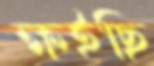
ক্ষইছি